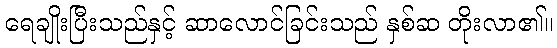
ရေချိုးပြီးသည်နှင့် ဆာလောင်ခြင်းသည် နှစ်ဆ တိုးလာ၏။